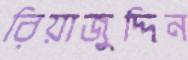
রিয়াজুদ্দিন